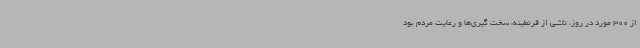
از 300 مورد در روز، ناشی از قرنطینه، سخت گیری‌ها و رعایت مردم بود